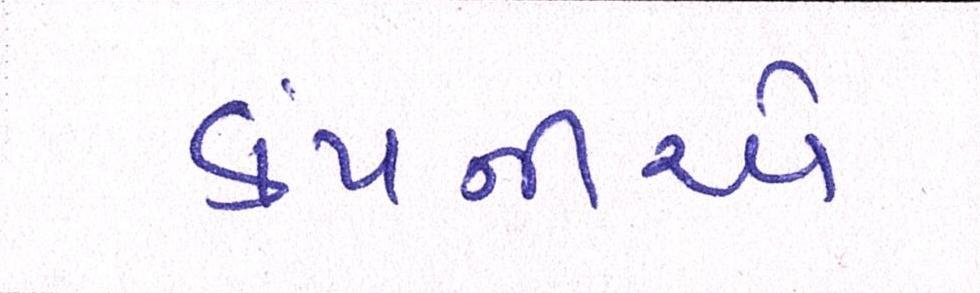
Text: કંપનીએ